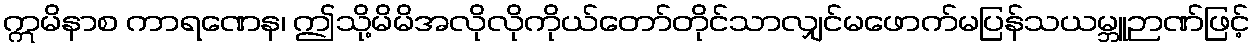
ဣမိနာစ ကာရဏေန၊ ဤသို့မိမိအလိုလိုကိုယ်တော်တိုင်သာလျှင်မဖောက်မပြန်သယမ္ဘူဉာဏ်ဖြင့်